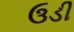
ઉડી